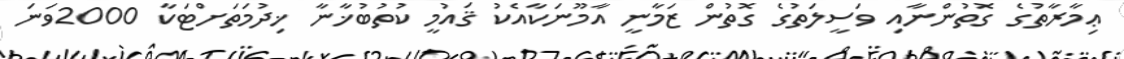
ޢިމާރާތުގެ ގޮތުންނާއި ވަސީލަތުގެ ގޮތުން ޒަމާނީ އާމޫނަކާއެކު ޤައުމީ ކުތުބުޚާާނާ ޚިދުމަތަށްޓަކާ 2000ވަނަ